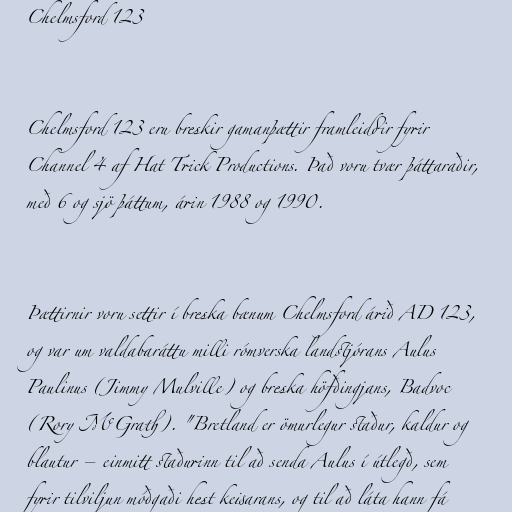
Chelmsford 123

Chelmsford 123 eru breskir gamanþættir framleiddir fyrir
Channel 4 af Hat Trick Productions. Það voru tvær þáttaraðir,
með 6 og sjö þáttum, árin 1988 og 1990.

Þættirnir voru settir í breska bænum Chelmsford árið AD 123,
og var um valdabaráttu milli rómverska landstjórans Aulus
Paulinus (Jimmy Mulville) og breska höfðingjans, Badvoc
(Rory McGrath). "Bretland er ömurlegur staður, kaldur og
blautur – einmitt staðurinn til að senda Aulus í útlegð, sem
fyrir tilviljun móðgaði hest keisarans, og til að láta hann fá